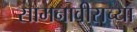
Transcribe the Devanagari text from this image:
सामनावीराच्या